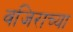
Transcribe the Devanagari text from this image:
वजिराच्या